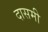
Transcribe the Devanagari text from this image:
दासमी